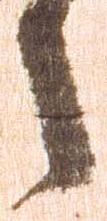
之